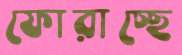
ফোরাচ্ছে